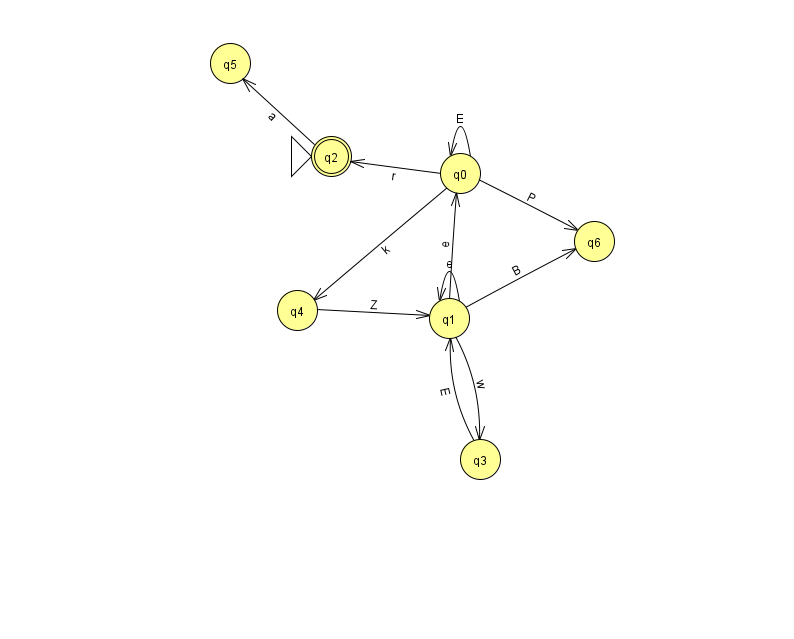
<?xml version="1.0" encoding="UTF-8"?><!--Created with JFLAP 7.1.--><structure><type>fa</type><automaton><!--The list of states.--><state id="0" name="q0"><x>460.0</x><y>160.0</y></state><state id="1" name="q1"><x>449.0</x><y>305.0</y></state><state id="2" name="q2"><x>331.0</x><y>143.0</y><initial/><final/></state><state id="3" name="q3"><x>480.0</x><y>446.0</y></state><state id="4" name="q4"><x>297.0</x><y>297.0</y></state><state id="5" name="q5"><x>230.0</x><y>50.0</y></state><state id="6" name="q6"><x>594.0</x><y>228.0</y></state><!--The list of transitions.--><transition><from>3</from><to>1</to><read>E</read></transition><transition><from>0</from><to>4</to><read>k</read></transition><transition><from>1</from><to>3</to><read>w</read></transition><transition><from>0</from><to>0</to><read>E</read></transition><transition><from>1</from><to>1</to><read>e</read></transition><transition><from>1</from><to>6</to><read>B</read></transition><transition><from>0</from><to>6</to><read>P</read></transition><transition><from>1</from><to>0</to><read>e</read></transition><transition><from>0</from><to>2</to><read>r</read></transition><transition><from>4</from><to>1</to><read>Z</read></transition><transition><from>2</from><to>5</to><read>a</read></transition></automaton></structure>